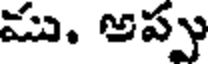
ము. అప్పు